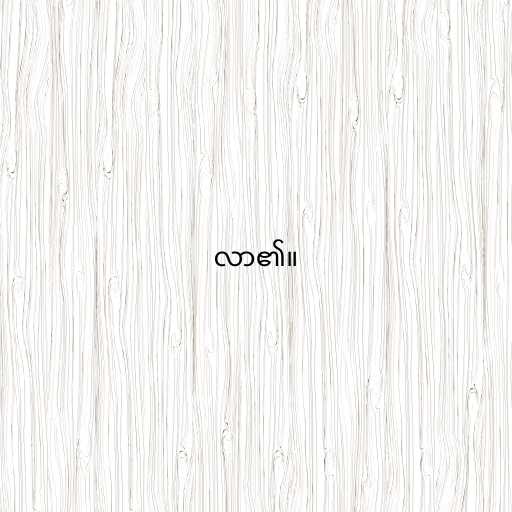
လာ၏။